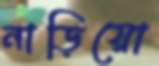
নাড়িয়ো